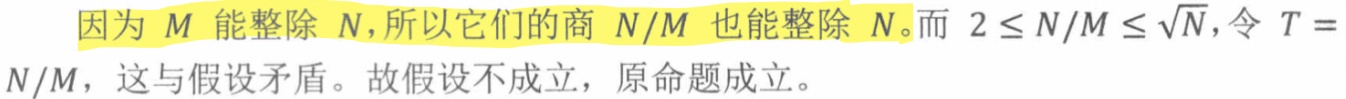
因为 $M$ 能整除 $N$，所以它们的商 $N/M$ 也能整除 $N$。而 $2 \leq N/M \leq \sqrt{N}$，令 $T = N/M$，这与假设矛盾。故假设不成立，原命题成立。